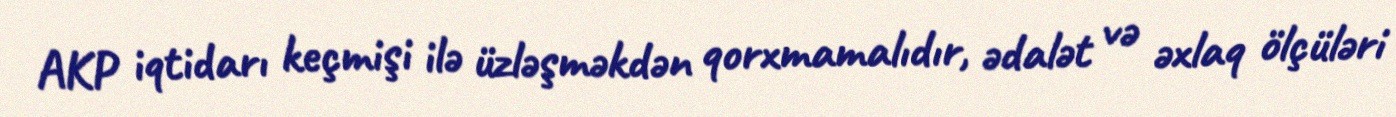
AKP iqtidarı keçmişi ilə üzləşməkdən qorxmamalıdır, ədalət və əxlaq ölçüləri